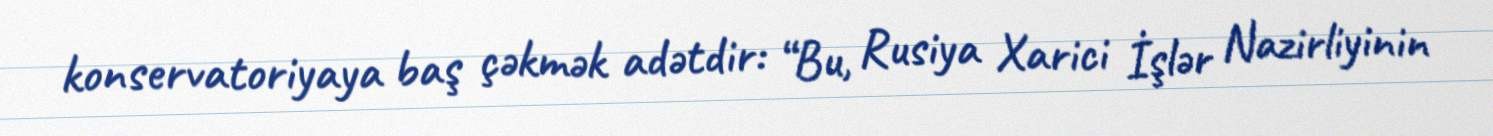
konservatoriyaya baş çəkmək adətdir: “Bu, Rusiya Xarici İşlər Nazirliyinin